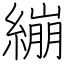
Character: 繃